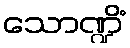
သောဏ္ဍိံ